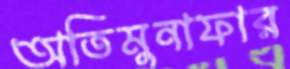
অতিমুনাফার